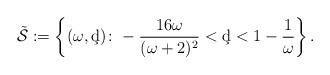
LaTeX: \begin{align*}\tilde{\mathcal{S}}:=\left\{(\omega, \c d) \colon -\frac{16\omega}{(\omega +2)^2} <\c d<1-\frac{1}{\omega} \right\}.\end{align*}